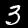
Digit: 3